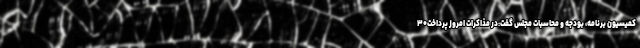
کمیسیون برنامه، بودجه و محاسبات مجلس گفت:در مذاکرات امروز پرداخت۳۰